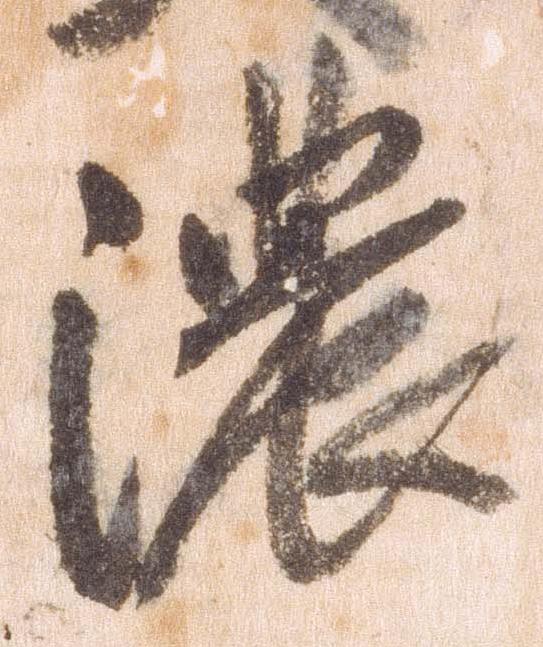
濃